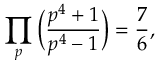
\prod _ { p } { \Big ( } { \frac { p ^ { 4 } + 1 } { p ^ { 4 } - 1 } } { \Big ) } = { \frac { 7 } { 6 } } ,